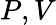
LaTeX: P,V